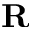
\mathbf { R }